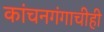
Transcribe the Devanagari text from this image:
कांचनगंगाचीही